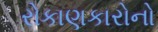
રોકાણકારોનો